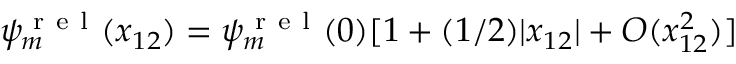
\psi _ { m } ^ { \mathrm { ~ r ~ e ~ l ~ } } ( x _ { 1 2 } ) = \psi _ { m } ^ { \mathrm { ~ r ~ e ~ l ~ } } ( 0 ) [ 1 + ( 1 / 2 ) | x _ { 1 2 } | + O ( x _ { 1 2 } ^ { 2 } ) ]